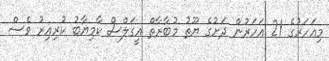
މިއަހަރުގެ 21 އަހަރުން ދަށުގެ ޔޫތު މުބާރާތް އީގަލްސް ކާމިޔާބު ކުރިއިރު ވެސް